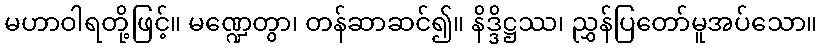
မဟာဝါရတို့ဖြင့်။ မဏ္ဍေတွာ၊ တန်ဆာဆင်၍။ နိဒ္ဒိဋ္ဌဿ၊ ညွှန်ပြတော်မူအပ်သော။